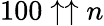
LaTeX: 100\uparrow\uparrow n